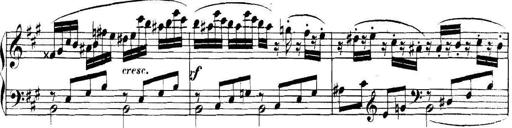
Title: Collected Piano Sonatas
Composer: Muzio Clementi